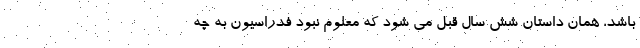
باشد، همان داستان شش سال قبل می ‌شود که معلوم نبود فدراسیون به چه